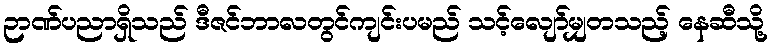
ဉာဏ်ပညာရှိသည် ဒီဇင်ဘာလတွင်ကျင်းပမည် သင့်လျော်မျှတသည့် နေဆီသို့